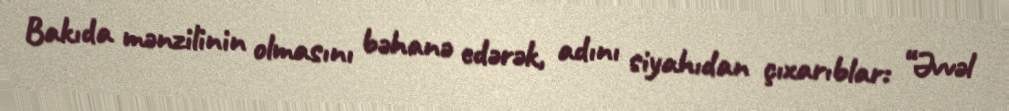
Bakıda mənzilinin olmasını bəhanə edərək, adını siyahıdan çıxarıblar: “Əvvəl